Vaccination in Bombay 1856-1862 - 1856-1862
Year: 1856
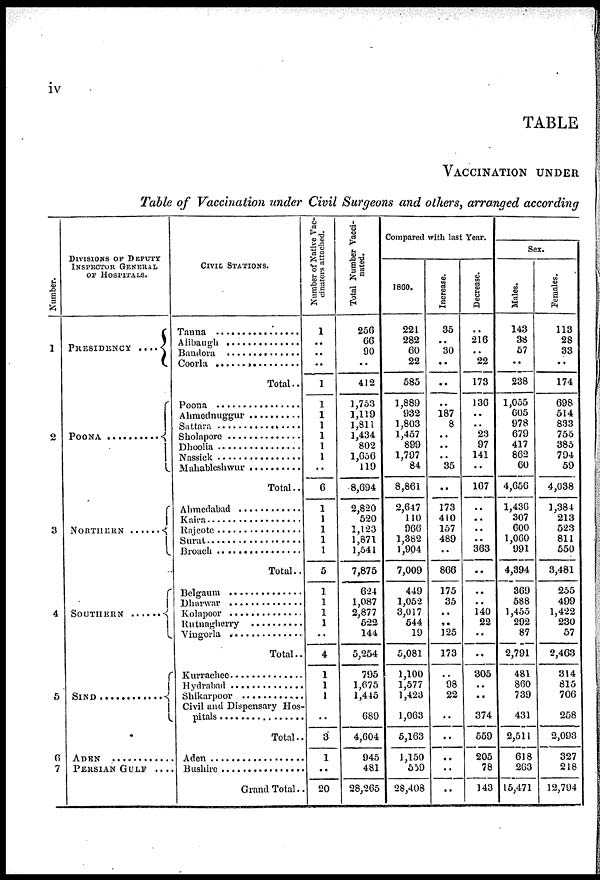
iv
TABLE
VACCINATION UNDER
Table of Vaccination under Civil Surgeons and others, arranged according
Number.
1
2
3
4
5
6
7
DIVISIONS OF DEPUTY
INSPECTOR GENERAL
OF HOSPITALS.
PRESIDENCY ....
POONA ..........
NORTHERN ......
SOUTHERN . . . . .
SIND ............
ADEN ............
PERSIAN GULF ....
CIVIL STATIONS.
Tanna ................
Alibaugh ..............
Bandora ..............
Coorla ................
Total..
Poona ................
Ahmednuggur ..........
Sattara ................
Sholapore ..............
Dhoolia ................
Nassick ................
Mahableshwur ..........
Total..
Ahmedabad ............
Kaira ..................
Rajcote ................
Surat ..................
Broach ................
Total..
Belgaum ..............
Dharwar
..............
Kolapoor ..............
Rutnagherry ..........
Vingorla
..............
Total..
Kurrachee ..............
Hydrabad ..............
Shikarpoor ............
Civil and Dispensary Hos¬
pitals ................
Total..
Aden ..................
Bushire ................
Grand Total..
Number of Native Vac-
cinators attached.
1
..
..
..
1
1
1
1
1
1
1
..
6
1
1
1
1
1
5
1
1
1
1
..
4
1
1
1
..
3
1
..
20
Total Number Vacci¬
nated.
256
66
90
..
412
1,753
1,119
1,811
1,434
802
1,656
119
8,694
2,820
520
1,123
1,871
1,541
7,875
624
1,087
2,877
522
144
5,254
795
1,675
1,445
689
4,604
945
481
28,265
Compared with last Year.
1860.
221
282
60
22
585
1,889
932
1,803
1,457
899
1,797
84
8,861
2,647
110
966
1,382
1,904
7,009
449
1,052
3,017
544
19
5,081
1,100
1,577
1,423
1,063
5,163
1,150
559
28,408
Increase.
35
..
30
..
..
..
187
8
..
..
..
35
..
173
410
157
489
..
866
175
35
..
..
125
173
..
98
22
..
..
..
..
..
Decrease.
..
216
.. 22
173
136
..
.. 23
97
141
..
167
..
..
..
..
363
..
..
..
140
22
..
..
305
..
..
374
559
205
78
143
Sex.
Males.
143
38
57
..
238
1,055
605
978
679
417
862
60
4,656
1,436
307
600
1,060
991
4,394
369
588
1,455
292
87
2,791
481
860
739
431
2,511
618
263
15,471
Females.
113
28
33
..
174
698
514
833
755
385
794
59
4,038
1,384
213
523
811
550
3,481
255
499
1,422
230
57
2,463
314
815
706
258
2,093
327
218
12,794